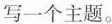
写一个主题。